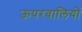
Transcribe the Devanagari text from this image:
ऊपरवालियों